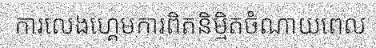
ការលេងហ្គេមការពិតនិម្មិតចំណាយពេល